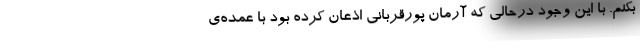
بکنم. با این وجود درحالی که آرمان پورقربانی اذعان کرده بود با عمده‌ی